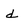
Character: d